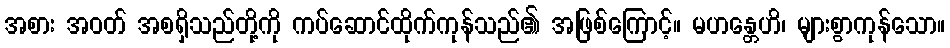
အစား အဝတ် အစရှိသည်တို့ကို ကပ်ဆောင်ထိုက်ကုန်သည်၏ အဖြစ်ကြောင့်။ မဟန္တေဟိ၊ များစွာကုန်သော။